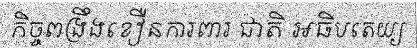
កិច្ចពង្រឹងខឿនការពារ ជាតិ អធិបតេយ្យ